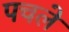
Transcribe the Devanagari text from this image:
पचले